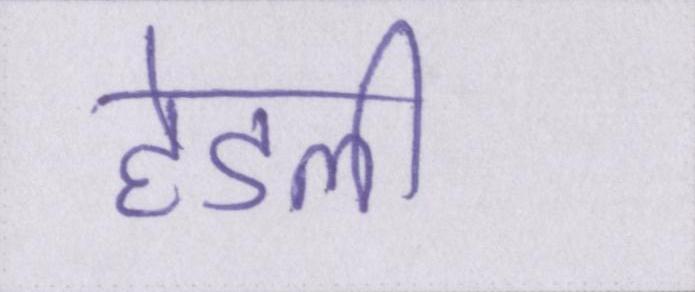
हेडली